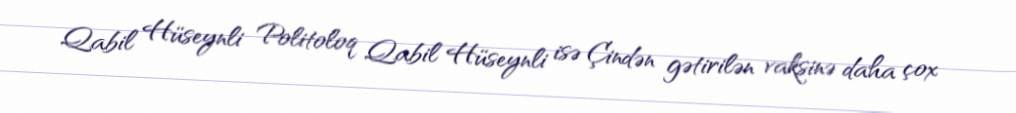
Qabil Hüseynli Politoloq Qabil Hüseynli isə Çindən gətirilən vaksinə daha çox